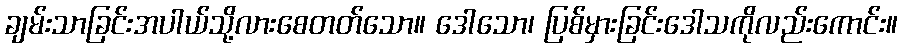
ချမ်းသာခြင်းအပါယ်သို့လားစေတတ်သော။ ဒေါသော၊ ပြစ်မှားခြင်းဒေါသကိုလည်းကောင်း။